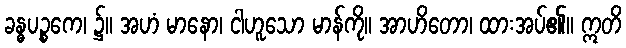
ခန္ဓပဉ္စကေ၊ ၌။ အဟံ မာနော၊ ငါဟူသော မာန်ကို။ အာဟိတော၊ ထားအပ်၏။ ဣတိ